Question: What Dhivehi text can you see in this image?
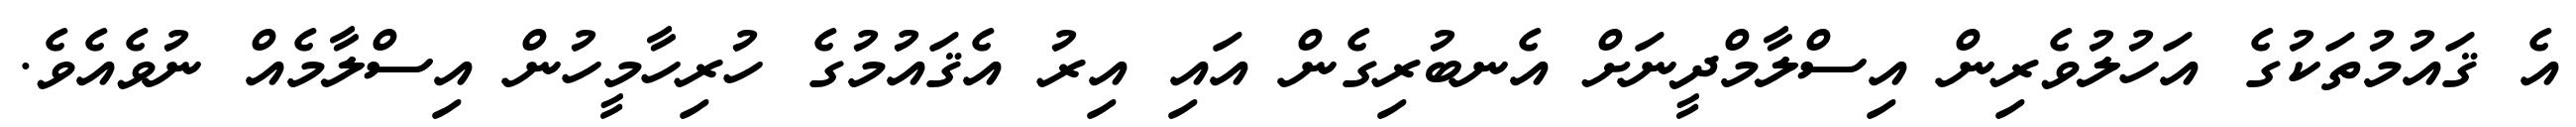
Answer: އެ ޤައުމުތަކުގެ އަހުލުވެރިން އިސްލާމްދީނަށް އެނބުރިގެން އައި އިރު އެޤައުމުގެ ހުރިހާމީހުން އިސްލާމެއް ނުވެއެވެ.